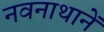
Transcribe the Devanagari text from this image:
नवनाथानें